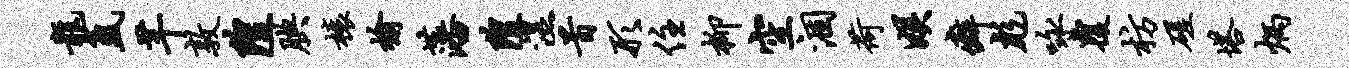
龙氲芊敦隍腆榱榆藩隍湿首形住柳空涸荷娱癖彪咏覆枋磋塔炳